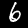
Label: 6